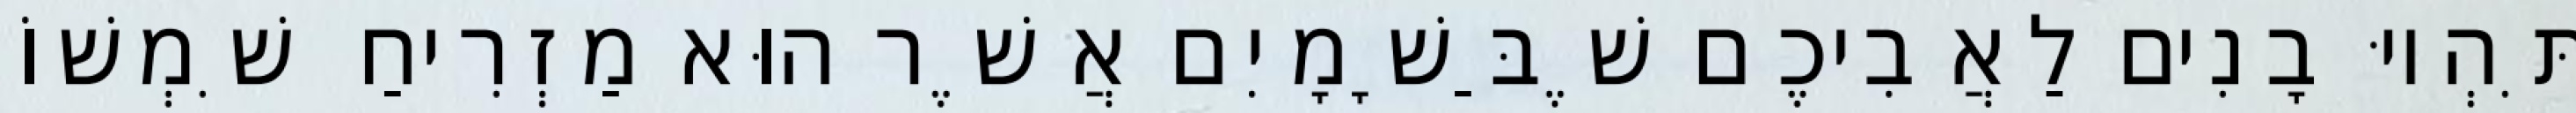
תִּהְיוּ בָנִים לַאֲבִיכֶם שֶׁבַּשָׁמָיִם אֲשֶׁר הוּא מַזְרִיחַ שִׁמְשׁוֹ